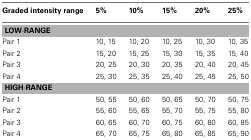
<table><thead><tr><td><b>Graded intensity range</b></td><td><b>5%</b></td><td><b>10%</b></td><td><b>15%</b></td><td><b>20%</b></td><td><b>25%</b></td></tr></thead><tbody><tr><td colspan="6"><b>LOW-RANGE</b></td></tr><tr><td>Pair 1</td><td>10, 15</td><td>10, 20</td><td>10, 25</td><td>10, 30</td><td>10, 35</td></tr><tr><td>Pair 2</td><td>15, 20</td><td>15, 25</td><td>15, 30</td><td>15, 35</td><td>15, 40</td></tr><tr><td>Pair 3</td><td>20, 25</td><td>20, 30</td><td>20, 35</td><td>20, 40</td><td>20, 45</td></tr><tr><td>Pair 4</td><td>25, 30</td><td>25, 35</td><td>25, 40</td><td>25, 45</td><td>25, 50</td></tr><tr><td colspan="6"><b>HIGH-RANGE</b></td></tr><tr><td>Pair 1</td><td>50, 55</td><td>50, 60</td><td>50, 65</td><td>50, 70</td><td>50, 75</td></tr><tr><td>Pair 2</td><td>55, 60</td><td>55, 65</td><td>55, 70</td><td>55, 75</td><td>55, 80</td></tr><tr><td>Pair 3</td><td>60, 65</td><td>60, 70</td><td>60, 75</td><td>60, 80</td><td>60, 85</td></tr><tr><td>Pair 4</td><td>65, 70</td><td>65, 75</td><td>65, 80</td><td>65, 85</td><td>65, 90</td></tr></tbody></table>